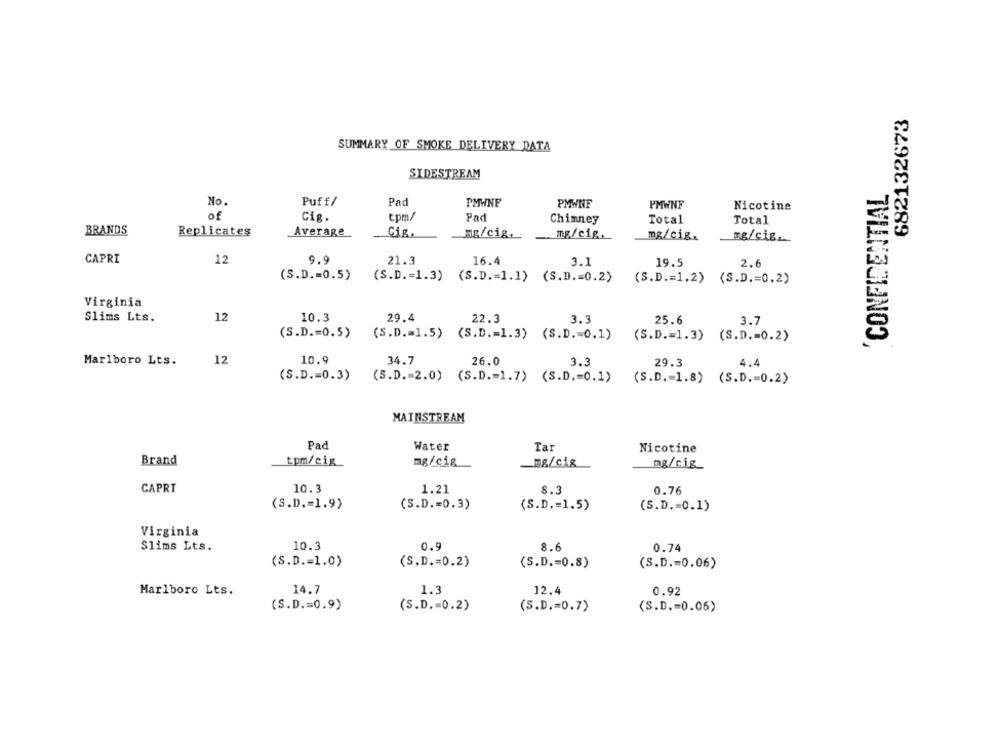
682132673
SUMMARY OF SMOKE DELIVERY DATA
SIDESTREAM
CONFIDENTIAL
No.
Puff/
Pad
PMWNE
PMWNE
PMWNF
Nicotine
of
Cig.
tpm/
Pad
Chimney
Total
Total
BRANDS
Replicates
Average
Cis.
mg/cig.
mg/cig.
mg/cig.
mg/cis_
CAPRI
12
9.9
21.3
16.4
3.1
19.5
2.6
(S.D .= 0.5)
(S.D .= 1.3)
(S.D. = 1.1) (S.D .= 0.2)
(S.D .= 1.2)
(S.D .= 0.2)
Virginia
12
29.4
Slims Lts.
10.3
22.3
3.3
25.6
3.7
(S.D .= 0.5)
(S.D .= 1.5) (S.D. = 1.3) (S.D .= 0.1)
(S.D .= 1.3) (S.D .= 0.2)
Marlboro Lts.
12
10.9
34.7
26.0
3.3
29.3
4.4
(S.D .= 0.3)
(S.D. = 2.0) (S.D .= 1.7) (S.D .= 0.1)
(S.D. = 1.8) (S.D .= 0.2)
MAINSTREAM
Pad
Water
Tar
Nicotine
Brand
tpm/cig
mg/cig
mg/cig_
10.3
CAPRI
1.21
8.3
0.76
(S.D .= 1.9)
(S.D .= 0.3)
(S.D .= 1.5)
(S.D .= 0.1)
Virginia
Slims Lts.
10.3
0.9
8.6
0.74
(S.D .= 1.0)
(S.D .= 0.2)
(S.D .= 0.8)
(S.D .= 0.06)
Marlboro Lts.
14.7
1.3
12.4
0.92
(S.D .= 0.9)
(S.D .= 0.2)
(S.D .= 0.7)
(S.D .= 0.06)